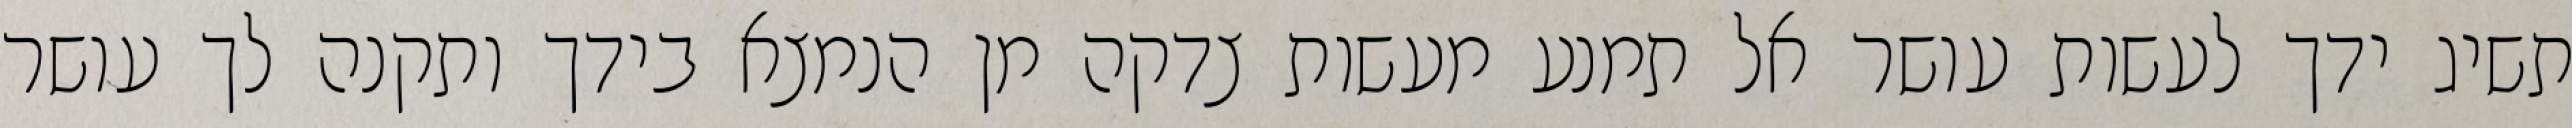
תשיג ידך לעשות עושר אל תמנע מעשות צדקה מן הנמצא בידך ותקנה לך עושר